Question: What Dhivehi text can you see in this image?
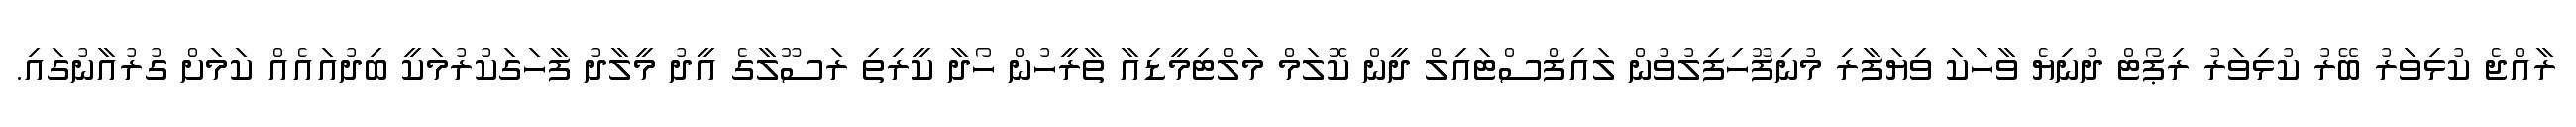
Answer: ރާއްޖެ ކުޅިވަރު ބޭރު ކުޅިވަރު ރިޕޯޓް ދުނިޔެ ވާހަކަ ވިޔަފާރި މުނިފޫހިފިލުވުން ލައިފްސްޓައިލް ދީން ކޮލަމް މަލްޓިމީޑިއާ ތާރީހުން ހޯދާ ކީރިތި ރަސޫލާގެ އީދު މީލާދު ފާހަގަކުރުމަކީ ބިދުއައެއް ކަމަށް ގުރުއާނުގައި.